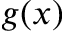
g ( x )